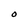
Character: O